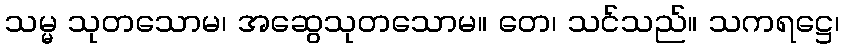
သမ္မ သုတသောမ၊ အဆွေသုတသောမ။ တေ၊ သင်သည်။ သကရဋ္ဌေ၊